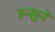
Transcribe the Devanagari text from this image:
उन्सुने